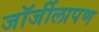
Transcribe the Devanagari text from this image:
जॉर्जीलापण